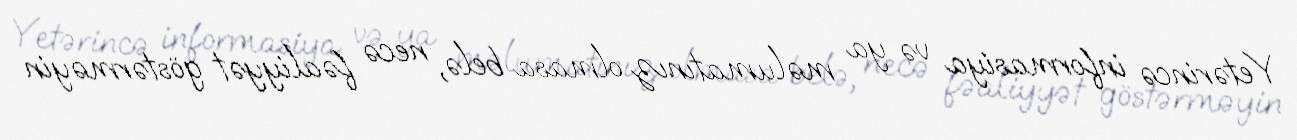
Yetərincə informasiya və ya məlumatınız olmasa belə, necə fəaliyyət göstərməyin